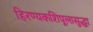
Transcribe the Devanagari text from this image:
हिरण्यकशिपूलासुद्धा